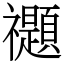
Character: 禵